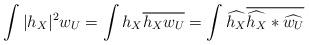
LaTeX: \begin{align*} \int|h_X|^2w_U&=\int h_X \overline{h_Xw_U}=\int \widehat{h_X}\overline{\widehat{h_X}*\widehat{w_U}}\end{align*}